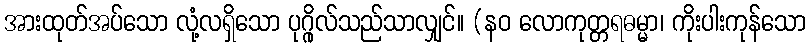
အားထုတ်အပ်သော လုံ့လရှိသော ပုဂ္ဂိုလ်သည်သာလျှင်။ (နဝ လောကုတ္တရဓမ္မာ၊ ကိုးပါးကုန်သော